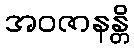
အဝဇာနန္တိ